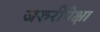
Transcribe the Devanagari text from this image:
जरुरीपेक्षा